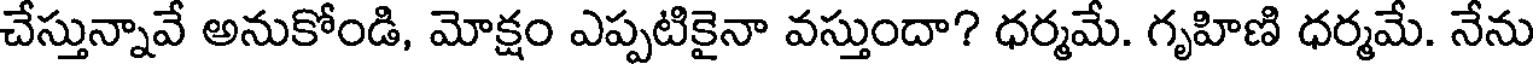
చేస్తున్నావే అనుకోండి, మోక్షం ఎప్పటికైనా వస్తుందా? ధర్మమే. గృహిణి ధర్మమే. నేను